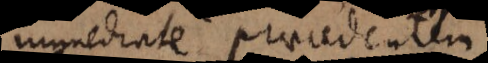
immediate praecedentem,